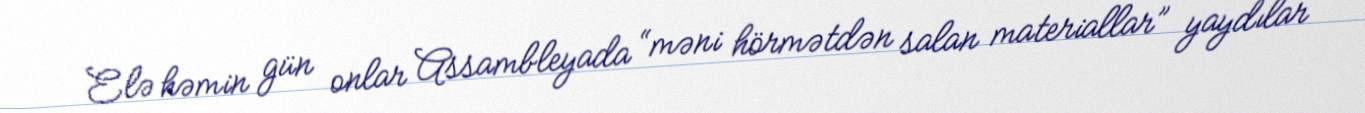
Elə həmin gün onlar Assambleyada “məni hörmətdən salan materiallar” yaydılar